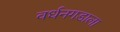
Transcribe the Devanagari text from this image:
वर्धनगडाला